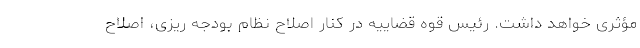
مؤثری خواهد داشت. رئیس قوه قضاییه در کنار اصلاح نظام بودجه ریزی، اصلاح